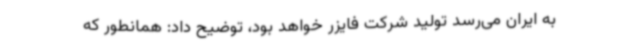
به ایران می‌رسد تولید شرکت فایزر خواهد بود، توضیح داد: همانطور که